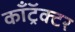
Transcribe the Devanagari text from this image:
काँट्रॅक्टर